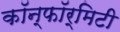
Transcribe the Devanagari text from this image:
कॉन्फॉर्मिटी